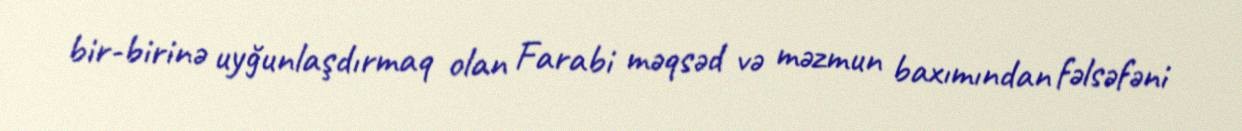
bir-birinə uyğunlaşdırmaq olan Farabi məqsəd və məzmun baxımından fəlsəfəni